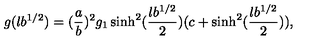
g ( l b ^ { 1 / 2 } ) = ( { \frac { a } { b } } ) ^ { 2 } g _ { 1 } \sinh ^ { 2 } ( { \frac { l b ^ { 1 / 2 } } { 2 } } ) ( c + \sinh ^ { 2 } ( { \frac { l b ^ { 1 / 2 } } { 2 } } ) ) ,